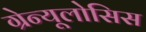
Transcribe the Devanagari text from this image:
ग्रेन्यूलोसिस